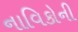
નાવિકોની